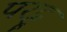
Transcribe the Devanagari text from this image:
परट्टू